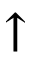
\uparrow